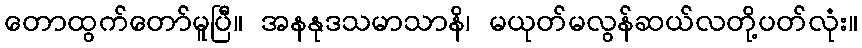
တောထွက်တော်မူပြီ။ အနနုဒသမာသာနိ၊ မယုတ်မလွန်ဆယ်လတို့ပတ်လုံး။